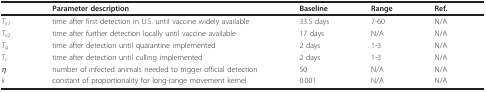
|  | Parameter description | Baseline | Range | Ref. |
 | --- | --- | --- | --- | --- |
 | Tv1 | time after first detection in U.S. until vaccine widely available | 33.5 days | 7-60 | N/A |
 | Tv2 | time after further detection locally until vaccine available | 17 days | N/A | N/A |
 | Tq | time after detection until quarantine implemented | 2 days | 1-3 | N/A |
 | Tc | time after detection until culling implemented | 2 days | 1-3 | N/A |
 | η | number of infected animals needed to trigger official detection | 50 | N/A | N/A |
 | k | constant of proportionality for long-range movement kernel | 0.001 | N/A | N/A |